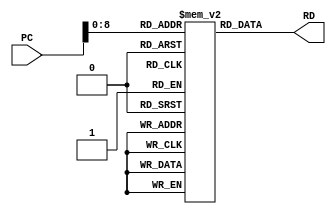
module instructionmemory(PC, RD);
	input [31:0]PC;
	output [31:0] RD;

reg [31:0] mem1[511:0];
initial
begin
mem1[0] = 32'h00108113;
mem1[1] = 32'h00108113;     //addi x2 ,1 ,(x1)
mem1[2] = 32'h00302123; //sw x3 2(x0)
mem1[3] = 32'h003101B3; //add x3 x2 x3
mem1[4] = 32'h003021A3; //sw x3 3(x0)
      
mem1[5] = 32'h00010093; //     addi x1 0 (x2)
mem1[6] = 32'h00108113; //addi x2 1(x1)
mem1[7] = 32'h003101B3; // add x3 x2 x3
mem1[8] = 32'h00302223; //sw x3 4(x0)

mem1[9] = 32'h00010093; // addi x1 0 (x2)
mem1[10] = 32'h00108113; //   addi x2 1(x1)
mem1[11] = 32'h003101B3; //add x3 x2 x3
mem1[12] = 32'h003022A3; //  sw x3 5(x0)

//mem1[13] = 32'h00010093; // addi x1 0 (x2)
//mem1[14] = 32'h00108113; //   addi x2 1(x1)
//mem1[15] = 32'h003101B3; //add x3 x2 x3
mem1[16] = 32'h00302323; //  sw x3 6(x0)

//mem1[17] = 32'h00010093; // addi x1 0 (x2)
//mem1[18] = 32'h00108113; //   addi x2 1(x1)
//mem1[19] = 32'h003101B3; //add x3 x2 x3
mem1[20] = 32'h003023A3; //  sw x3 7(x0)

//mem1[21] = 32'h00010093; // addi x1 0 (x2)
//mem1[22] = 32'h00108113; //   addi x2 1(x1)
//mem1[23] = 32'h003101B3; //add x3 x2 x3
//mem1[24] = 32'h00302423; //  sw x3 8(x0)

//mem1[25] = 32'h00010093; // addi x1 0 (x2)
//mem1[26] = 32'h00108113; //   addi x2 1(x1)
//mem1[27] = 32'h003101B3; //add x3 x2 x3
//mem1[28] = 32'h003024A3; //  sw x3 9(x0)

//mem1[29] = 32'h00010093; // addi x1 0 (x2)
//mem1[30] = 32'h00108113; //   addi x2 1(x1)
//mem1[31] = 32'h003101B3; //add x3 x2 x3
//mem1[32] = 32'h00302523; //  sw x3 10(x0)

//mem1[33] = 32'h00010093; // addi x1 0 (x2)
//mem1[34] = 32'h00108113; //   addi x2 1(x1)
//mem1[35] = 32'h003101B3; //add x3 x2 x3
//mem1[36] = 32'h003025A3; //  sw x3 11(x0)



//mem1[37] = 32'h00202303; //lw x7 2( x0)
//mem1[38] = 32'h00302303; //lw x7 3( x0)
//mem1[39] = 32'h00402383; //lw x7 4( x0)
//mem1[40] = 32'h00502383; //lw x7 5( x0)
//mem1[41] = 32'h00602383; //lw x7 6( x0)
//mem1[42] = 32'h00702383; //lw x7 7( x0)
//mem1[43] = 32'h00802383; //lw x7 8( x0)
mem1[44] = 32'h00902383; //lw x7 9( x0)
mem1[45] = 32'h00A02383; //lw x7 10( x0)
mem1[46] = 32'h00B02383; //lw x7 11( x0)


mem1[47] = 32'hFE420AE3; //beq x8 x9 mem1[37]

end
assign RD = mem1[PC];
endmodule